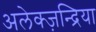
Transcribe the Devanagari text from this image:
अलेक्ज़न्द्रिया